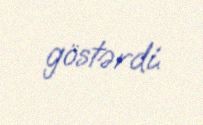
göstərdi.